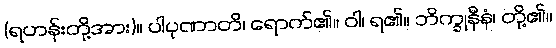
(ရဟန်းတို့အား)။ ပါပုဏာတိ၊ ရောက်၏။ ဝါ၊ ရ၏။ ဘိက္ခုနီနံ၊ တို့၏။